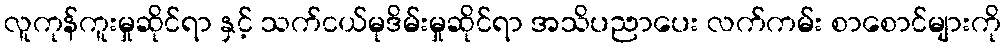
လူကုန်ကူးမှုဆိုင်ရာ နှင့် သက်ငယ်မုဒိမ်းမှုဆိုင်ရာ အသိပညာပေး လက်ကမ်း စာစောင်များကို